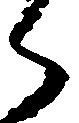
ら